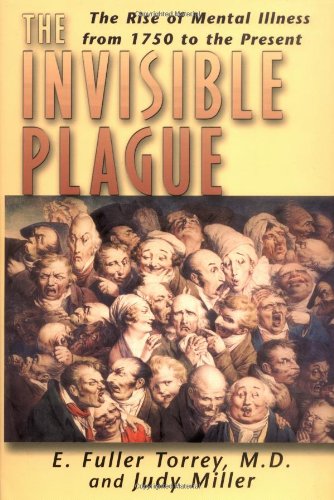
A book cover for The Invisible Plague: The Rise of mental Illness from 1750 to the Present; E. Fuller Torrey M.D.; Medical Books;